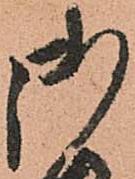
御